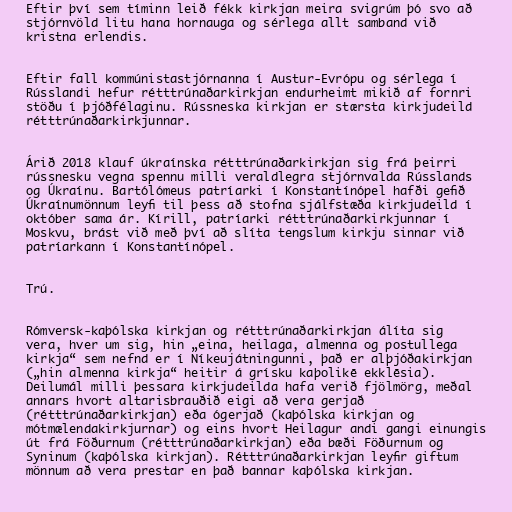
Eftir því sem tíminn leið fékk kirkjan meira svigrúm þó svo að
stjórnvöld litu hana hornauga og sérlega allt samband við
kristna erlendis.

Eftir fall kommúnistastjórnanna í Austur-Evrópu og sérlega í
Rússlandi hefur rétttrúnaðarkirkjan endurheimt mikið af fornri
stöðu í þjóðfélaginu. Rússneska kirkjan er stærsta kirkjudeild
rétttrúnaðarkirkjunnar.

Árið 2018 klauf úkraínska rétttrúnaðarkirkjan sig frá þeirri
rússnesku vegna spennu milli veraldlegra stjórnvalda Rússlands
og Úkraínu. Bartólómeus patríarki í Konstantínópel hafði gefið
Úkraínumönnum leyfi til þess að stofna sjálfstæða kirkjudeild í
október sama ár. Kírill, patríarki rétttrúnaðarkirkjunnar í
Moskvu, brást við með því að slíta tengslum kirkju sinnar við
patríarkann í Konstantínópel.

Trú.

Rómversk-kaþólska kirkjan og rétttrúnaðarkirkjan álíta sig
vera, hver um sig, hin „eina, heilaga, almenna og postullega
kirkja“ sem nefnd er í Níkeujátningunni, það er alþjóðakirkjan
(„hin almenna kirkja“ heitir á grísku kaþolikē ekklēsia).
Deilumál milli þessara kirkjudeilda hafa verið fjölmörg, meðal
annars hvort altarisbrauðið eigi að vera gerjað
(rétttrúnaðarkirkjan) eða ógerjað (kaþólska kirkjan og
mótmælendakirkjurnar) og eins hvort Heilagur andi gangi einungis
út frá Föðurnum (rétttrúnaðarkirkjan) eða bæði Föðurnum og
Syninum (kaþólska kirkjan). Rétttrúnaðarkirkjan leyfir giftum
mönnum að vera prestar en það bannar kaþólska kirkjan.